Assam Mental Hospital (Tezpur, India) - 1933-1948
Year: 1933
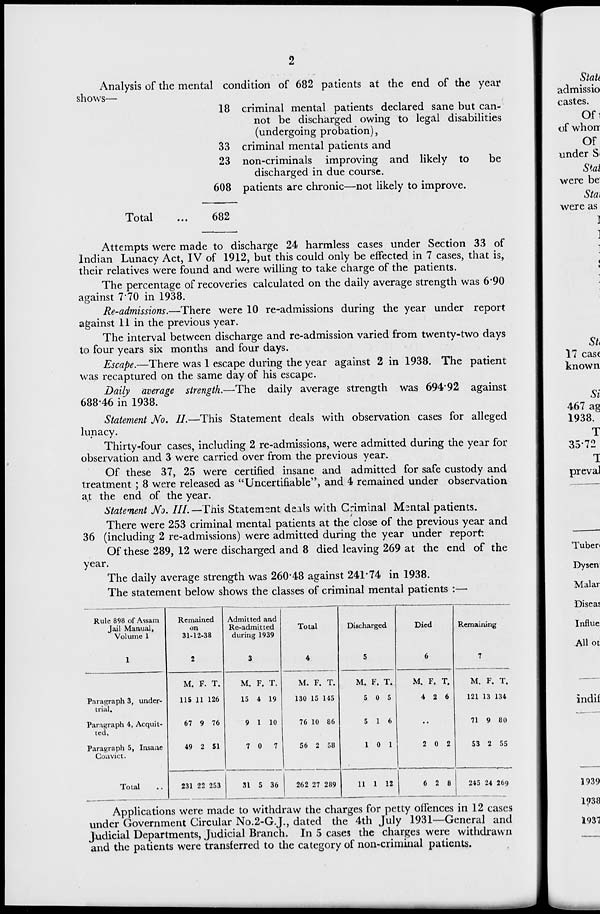
2
Analysis of the mental condition of 682 patients at the end of the year
shows–
18
33
23
608
Total
...
682
criminal mental patients declared sane but can-
not be discharged owing to legal disabilities
(undergoing probation),
criminal mental patients and
non-criminals improving and likely to
be
discharged in due course.
patients are chronic—not likely to improve.
Attempts were made to discharge 24 harmless cases under Section 33 of
Indian Lunacy Act, IV of 1912, but this could only be effected in 7 cases, that is,
their relatives were found and were willing to take charge of the patients.
The percentage of recoveries calculated on the daily average strength was 6.90
against 7.70 in 1938.
Re-admissions.—There were 10 re-admissions during the year under report
against 11 in the previous year.
The interval between discharge and re-admission varied from twenty-two days
to four years six months and four days.
Escape.—There was 1 escape during the year against 2 in 1938. The patient
was recaptured on the same day of his escape.
Daily average strength.—The daily average strength was 694.92 against
688.46 in 1938.
Statement No. II.—This Statement deals with observation cases for alleged
lunacy.
Thirty-four cases, including 2 re-admissions, were admitted during the year for
observation and 3 were carried over from the previous year.
Of these 37, 25 were certified insane and admitted for safe custody and
treatment; 8 were released as "Uncertifiable", and 4 remained under observation
at the end of the year.
Statement No. III—This Statement deals with Criminal Mental patients.
There were 253 criminal mental patients at the close of the previous year and
36 (including 2 re-admissions) were admitted during the year under report:
Of these 289, 12 were discharged and 8 died leaving 269 at the end of the
year.
The daily average strength was 260.48 against 241.74 in 1938.
The statement below shows the classes of criminal mental patients :—
Rule 898 of Assam
Jail Manual,
Volume 1
1
Paragraph 3, under-
trial.
Paragraph 4, Acquit-
ted.
Paragraph 5, Insane
Convict.
Total ...
Remained
on
31-12-38
2
M.
115
67
49
231
F.
11
9
2
22
T.
126
76
51
253
Admitted and
Re-admitted
during 1939
3
M.
15
9
7
31
F.
4
1
0
5
T.
19
10
7
36
Total
4
M.
130
76
56
262
F.
15
10
2
27
T.
145
86
58
289
Discharged
5
M.
5
5
1
11
F.
0
1
0
1
T.
5
6
1
12
Died
6
M.
4
F.
2
T.
6
..
2
6
0
2
2
8
Remaining
7
M
121
71
53
245
F.
13
9
2
24
T.
134
80
55
269
Applications were made to withdraw the charges for petty offences in 12 cases
under Government Circular No.2-G.J., dated the 4th July 1931—General and
Judicial Departments, Judicial Branch. In 5 cases the charges were withdrawn
and the patients were transferred to the category of non-criminal patients.